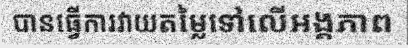
បានធ្វើការវាយតម្លៃទៅលើអង្គភាព